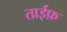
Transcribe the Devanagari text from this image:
ताईफ़